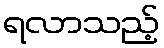
ရလာသည့်